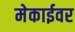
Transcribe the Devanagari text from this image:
मेकाईवर